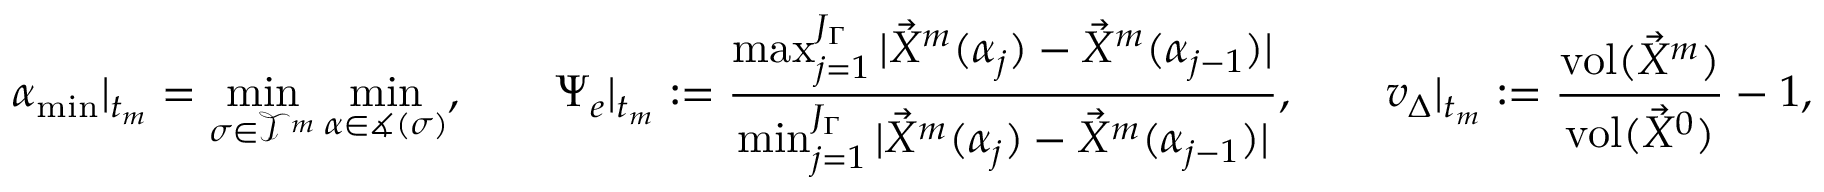
{ \alpha _ { \mathrm { m i n } } } | _ { t _ { m } } = \operatorname* { m i n } _ { \sigma \in \mathscr { T } ^ { m } } \operatorname* { m i n } _ { \alpha \in \measuredangle { ( \sigma ) } } , \qquad \Psi _ { e } | _ { t _ { m } } : = \frac { \operatorname* { m a x } _ { j = 1 } ^ { J _ { \Gamma } } | \vec { X } ^ { m } ( \alpha _ { j } ) - \vec { X } ^ { m } ( \alpha _ { j - 1 } ) | } { \operatorname* { m i n } _ { j = 1 } ^ { J _ { \Gamma } } | \vec { X } ^ { m } ( \alpha _ { j } ) - \vec { X } ^ { m } ( \alpha _ { j - 1 } ) | } , \qquad v _ { \Delta } | _ { t _ { m } } : = \frac { \operatorname { v o l } ( \vec { X } ^ { m } ) } { \operatorname { v o l } ( \vec { X } ^ { 0 } ) } - 1 ,